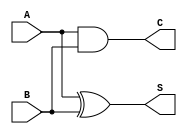
module HalfAdder (
    input wire A,    // First single-bit input
    input wire B,    // Second single-bit input
    output wire S,   // Sum output
    output wire C    // Carry output
);

// Assign Sum as XOR of A and B
assign S = A ^ B;

// Assign Carry as AND of A and B
assign C = A & B;

endmodule